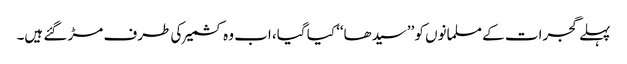
پہلے گجرات کے مسلمانوں کو ’’سیدھا‘‘ کیا گیا، اب وہ کشمیر کی طرف مڑ گئے ہیں۔